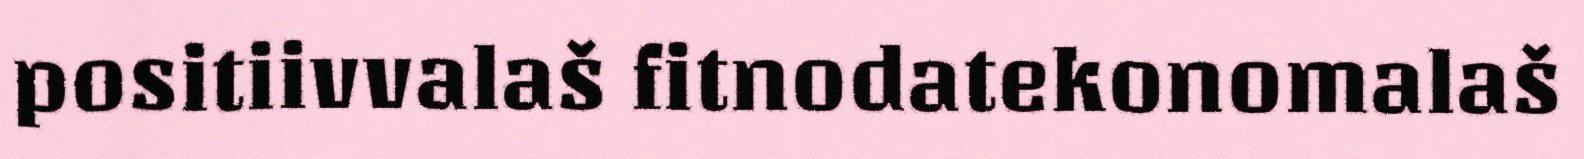
positiivvalaš fitnodatekonomalaš